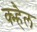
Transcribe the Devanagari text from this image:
क्म्हैल